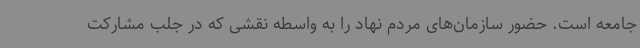
جامعه است. حضور سازمان‌های مردم نهاد را به واسطه نقشی که در جلب مشارکت